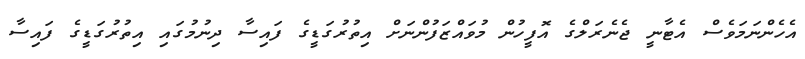
އެހެންނަމަވެސް އެޓާނީ ޖެނެރަލްގެ އޮފީހުން މުވައްޒަފުންނަށް އިތުރުގަޑީގެ ފައިސާ ދިނުމުގައި އިތުރުގަޑީގެ ފައިސާ